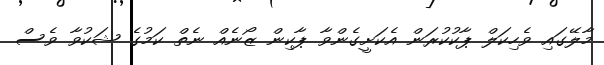
މާލޭގައި ވެހިކަލް ޕާކުކުރަން އެކަށީގެންވާ ޕާކިން ޒޯނެއް ނެތް ކަމުގެ ޝަކުވާ ވެސް